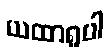
ယထာရူပါ